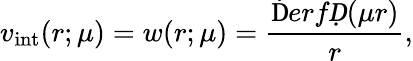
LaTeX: v_{\mathrm{int}}(r;\mu)=w(r;\mu)=\frac{\mathrm ḊerfḌ(\mu r)}{r},